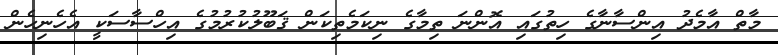
މާތް އާމެދު އިންސާނާގެ ހިތުގައި އޮންނަ ތިމާގެ ނިކަމެތިކަން ޤަބޫލުކުރުމުގެ އިހްސާސަކީ އެހެނިހެން